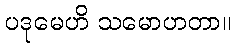
ပဒုမေဟိ သမောဟတာ။